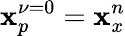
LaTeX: \mathbf{x}_{p}^{\nu=0}=\mathbf{x}_{x}^{n}